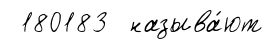
180183 называ́ют